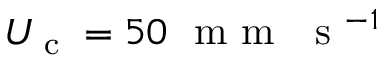
U _ { \textrm { c } } = 5 0 \ { \textrm { m m } } \ { \textrm { s } } ^ { - 1 }